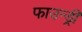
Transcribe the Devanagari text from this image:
फाउन्ड्री